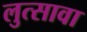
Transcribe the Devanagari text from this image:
लुत्सावा